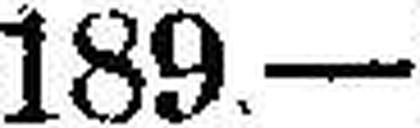
189—